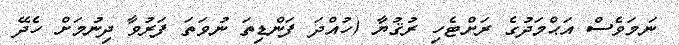
ނަމަވެސް އަޙްމަދުގެ ރަށްޓެހި ރުޤުޔާ (ހުއްދަ ފަންޑިތަ ނުވަތަ ފަރުވާ ދިނުމަށް ހެދޭ